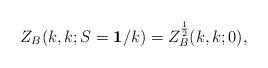
LaTeX: \begin{align*}Z_B(k,k;S={\bf 1}/k)=Z_B^{1\over2}(k,k;0),\end{align*}